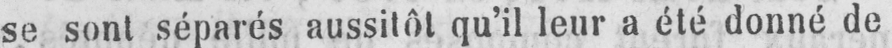
se sont séparés aussitôt qu’il leur a été donné de